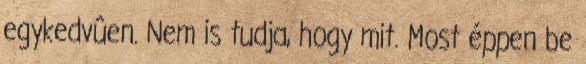
egykedvûen. Nem is tudja, hogy mit. Most éppen be